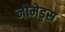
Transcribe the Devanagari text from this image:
नोमेड्स